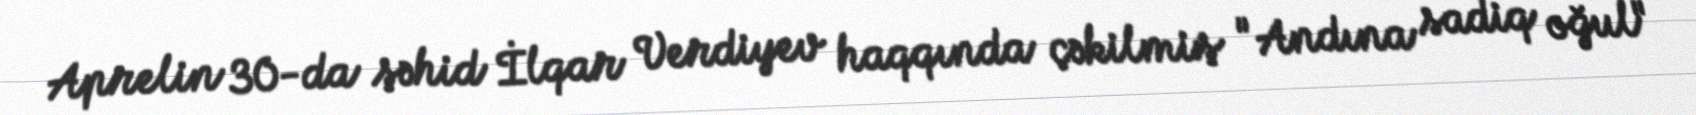
Aprelin 30-da şəhid İlqar Verdiyev haqqında çəkilmiş "Andına sadiq oğul"